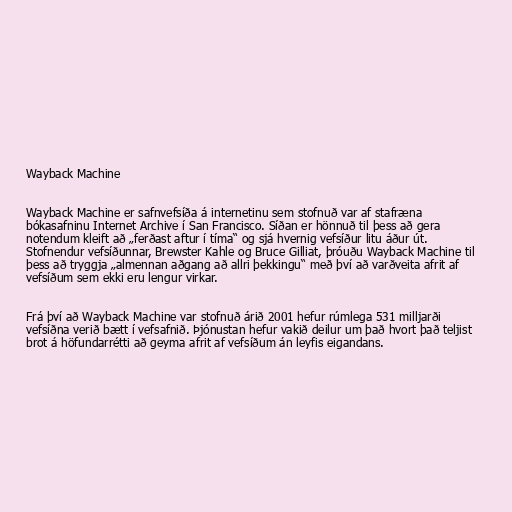
Wayback Machine

Wayback Machine er safnvefsíða á internetinu sem stofnuð var af stafræna
bókasafninu Internet Archive í San Francisco. Síðan er hönnuð til þess að gera
notendum kleift að „ferðast aftur í tíma“ og sjá hvernig vefsíður litu áður út.
Stofnendur vefsíðunnar, Brewster Kahle og Bruce Gilliat, þróuðu Wayback Machine til
þess að tryggja „almennan aðgang að allri þekkingu“ með því að varðveita afrit af
vefsíðum sem ekki eru lengur virkar.

Frá því að Wayback Machine var stofnuð árið 2001 hefur rúmlega 531 milljarði
vefsíðna verið bætt í vefsafnið. Þjónustan hefur vakið deilur um það hvort það teljist
brot á höfundarrétti að geyma afrit af vefsíðum án leyfis eigandans.